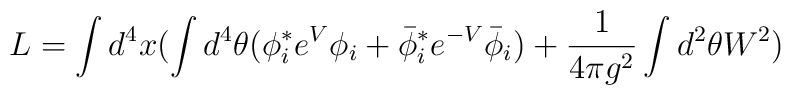
L=\int d^4 x (\int d^4\theta (\phi_i^*e^V\phi_i+\bar\phi_i^*e^{-V}\bar\phi_i)+{1\over 4\pi g^2}\int d^2 \theta W^2)